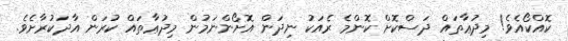
ކޮއްކޯއެވެ! މިދުޢާތައް ދަސްކޮށް ކޮންމެ ރެއަކު ނިދަން އޮށޯންނަމުން މިދުޢާތައް ކުރަން އާދަކުރާށެވެ.